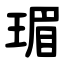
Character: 瑂